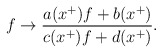
\begin{align*}f \rightarrow \frac{a(x^{+})f+b(x^{+})}{c(x^{+})f+d(x^{+})}.\end{align*}